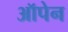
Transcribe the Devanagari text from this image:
ऑपेन